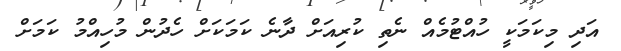
އަދި މިކަމަކީ ހުއްޓުމެއް ނެތި ކުރިއަށް ދާނެ ކަމަކަށް ހެދުން މުހިއްމު ކަމަށް